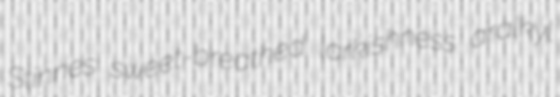
Stinnes sweet-breathed larkishness aralkyl